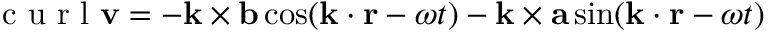
\textrm { c u r l } \mathbf { v } = - \mathbf { k } \times \mathbf { b } \cos ( \mathbf { k } \cdot \mathbf { r } - \omega t ) - \mathbf { k } \times \mathbf { a } \sin ( \mathbf { k } \cdot \mathbf { r } - \omega t )